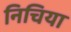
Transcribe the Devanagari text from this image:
निचिया